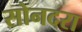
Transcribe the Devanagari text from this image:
सोनदरा